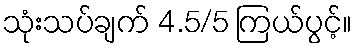
သုံးသပ်ချက် 4.5/5 ကြယ်ပွင့်။